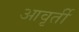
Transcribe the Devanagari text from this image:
आवृर्ती